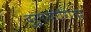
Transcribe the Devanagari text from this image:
दुरुपयोगिता